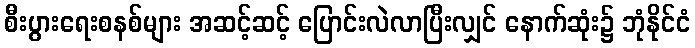
စီးပွားရေးစနစ်များ အဆင့်ဆင့် ပြောင်းလဲလာပြီးလျှင် နောက်ဆုံး၌ ဘုံနိုင်ငံ